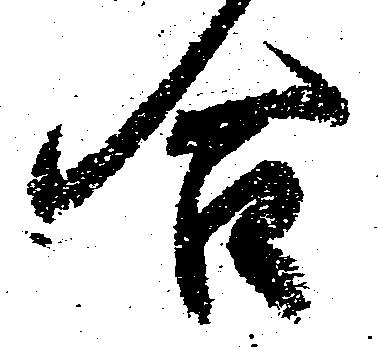
合